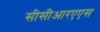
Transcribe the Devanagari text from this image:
सीसीआरएएस